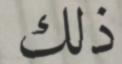
ذلك